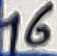
Text: 16